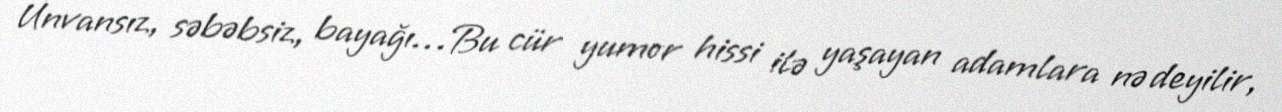
Ünvansız, səbəbsiz, bayağı…Bu cür yumor hissi ilə yaşayan adamlara nə deyilir,